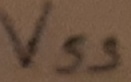
Text: VSS